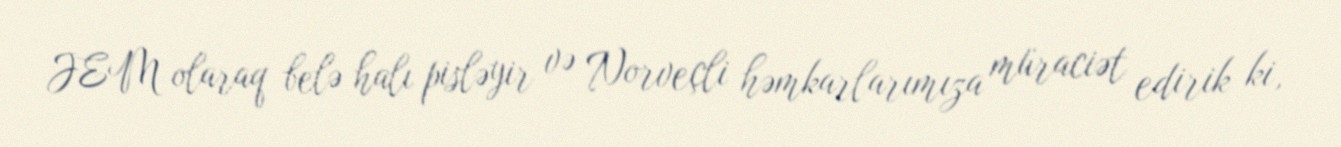
JEM olaraq belə halı pisləyir və Norveçli həmkarlarımıza müraciət edirik ki,